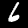
Label: 6